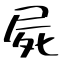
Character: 屍